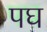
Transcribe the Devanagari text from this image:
पघ